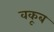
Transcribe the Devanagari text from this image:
वकूब